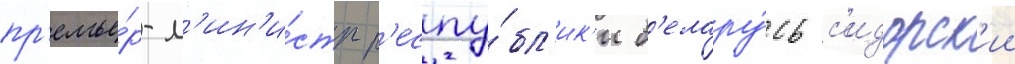
пр'емье́р-м'ин'и́стр р'еспу́бл'ик'и б'елару́сь с'идорск'ии